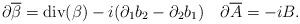
LaTeX: \begin{align*}\partial\overline{\beta}=\mbox{div}(\beta)-i(\partial_1b_2-\partial_2b_1) \quad\partial\overline{A}=-iB.\end{align*}